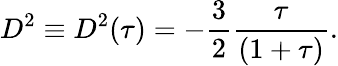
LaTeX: \begin{array}{l}{\displaystyle{D^{2}\equiv D^{2}(\tau)=-\frac{3}{2}\frac{\tau}{(1+\tau)}.}}\end{array}